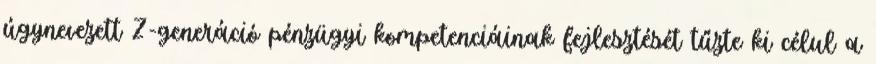
úgynevezett Z-generáció pénzügyi kompetenciáinak fejlesztését tűzte ki célul a